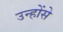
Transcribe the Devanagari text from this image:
उन्होंसे